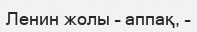
Ленин жолы – аппақ, –